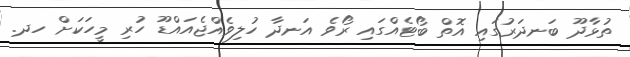
ތުޅާދޫ ބަނދަރުގައި އޮތް ބޯޓެއްގައި ރޯވެ އަނދާ ހުލިވެއްޖެއައްޑޫ ހުރި މީހަކަށް ހދ.